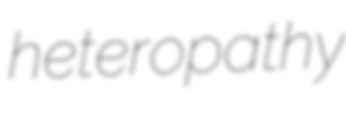
heteropathy